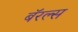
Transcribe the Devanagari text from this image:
बॅरल्स